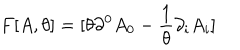
F [ A , \theta ] = [ \theta \partial ^ { 0 } A _ { 0 } - \frac { 1 } { \theta } \partial _ { i } A _ { i } ]